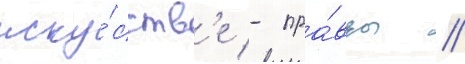
иску́сств'е - пра́вды /